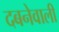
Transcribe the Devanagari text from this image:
दबनेवाली